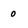
Character: 0